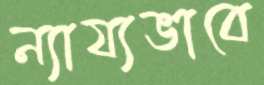
ন্যায্যভাবে